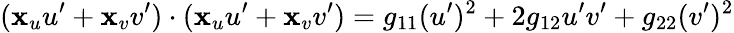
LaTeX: (\mathbf{x}_{u}u^{\prime}+\mathbf{x}_{v}v^{\prime})\cdot(\mathbf{x}_{u}u^{\prime}+\mathbf{x}_{v}v^{\prime})=g_{11}(u^{\prime})^{2}+2g_{12}u^{\prime}v^{\prime}+g_{22}(v^{\prime})^{2}